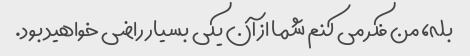
بله، من فکر می کنم شما از آن یکی بسیار راضی خواهید بود.